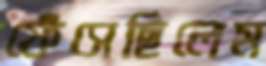
ফেঁসেছিলেম